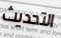
التحديث